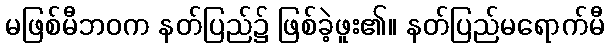
မဖြစ်မီဘဝက နတ်ပြည်၌ ဖြစ်ခဲ့ဖူး၏။ နတ်ပြည်မရောက်မီ